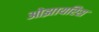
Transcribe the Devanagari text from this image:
ओझायरिस